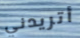
أتريدني